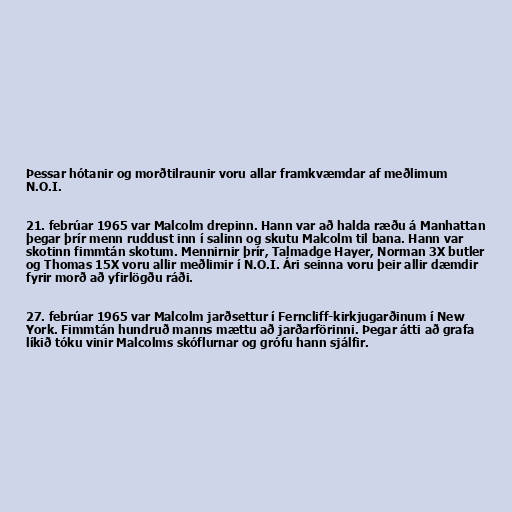
Þessar hótanir og morðtilraunir voru allar framkvæmdar af meðlimum
N.O.I.

21. febrúar 1965 var Malcolm drepinn. Hann var að halda ræðu á Manhattan
þegar þrír menn ruddust inn í salinn og skutu Malcolm til bana. Hann var
skotinn fimmtán skotum. Mennirnir þrír, Talmadge Hayer, Norman 3X butler
og Thomas 15X voru allir meðlimir í N.O.I. Ári seinna voru þeir allir dæmdir
fyrir morð að yfirlögðu ráði.

27. febrúar 1965 var Malcolm jarðsettur í Ferncliff-kirkjugarðinum í New
York. Fimmtán hundruð manns mættu að jarðarförinni. Þegar átti að grafa
líkið tóku vinir Malcolms skóflurnar og grófu hann sjálfir.